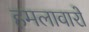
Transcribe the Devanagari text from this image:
हमलावारों